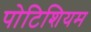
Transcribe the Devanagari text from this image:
पोटिशियम